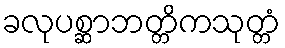
ခလုပစ္ဆာဘတ္တိကသုတ္တံ